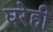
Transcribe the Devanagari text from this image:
घरेही